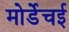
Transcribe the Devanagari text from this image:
मोर्डेचई